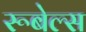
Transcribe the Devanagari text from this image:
रूबेल्स